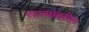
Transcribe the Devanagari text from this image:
राज्यांवरील